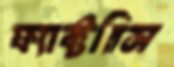
ফ্যাক্টরিস